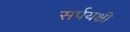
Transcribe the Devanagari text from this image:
सर्पयक्षी